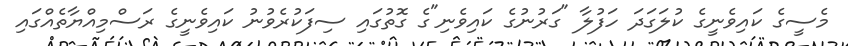
މެސީގެ ކައިވެނީގެ ކުލަގަދަ ހަފުލާ "ގަރުނުގެ ކައިވެނި"ގެ ގޮތުގައި ސިފަކުރެވުނު ކައިވެނީގެ ރަސްމިއްޔާތެއްގައި